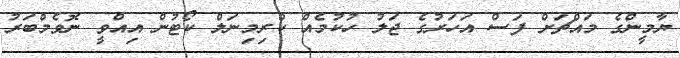
ޔާމީންގެ މައްޗަށް ފަސް އަހަރުގެ ޖަލު ހުކުމެއް ކްރިމިނަލް ކޯޓުން އިއްވީ ނޮވެމްބަރު